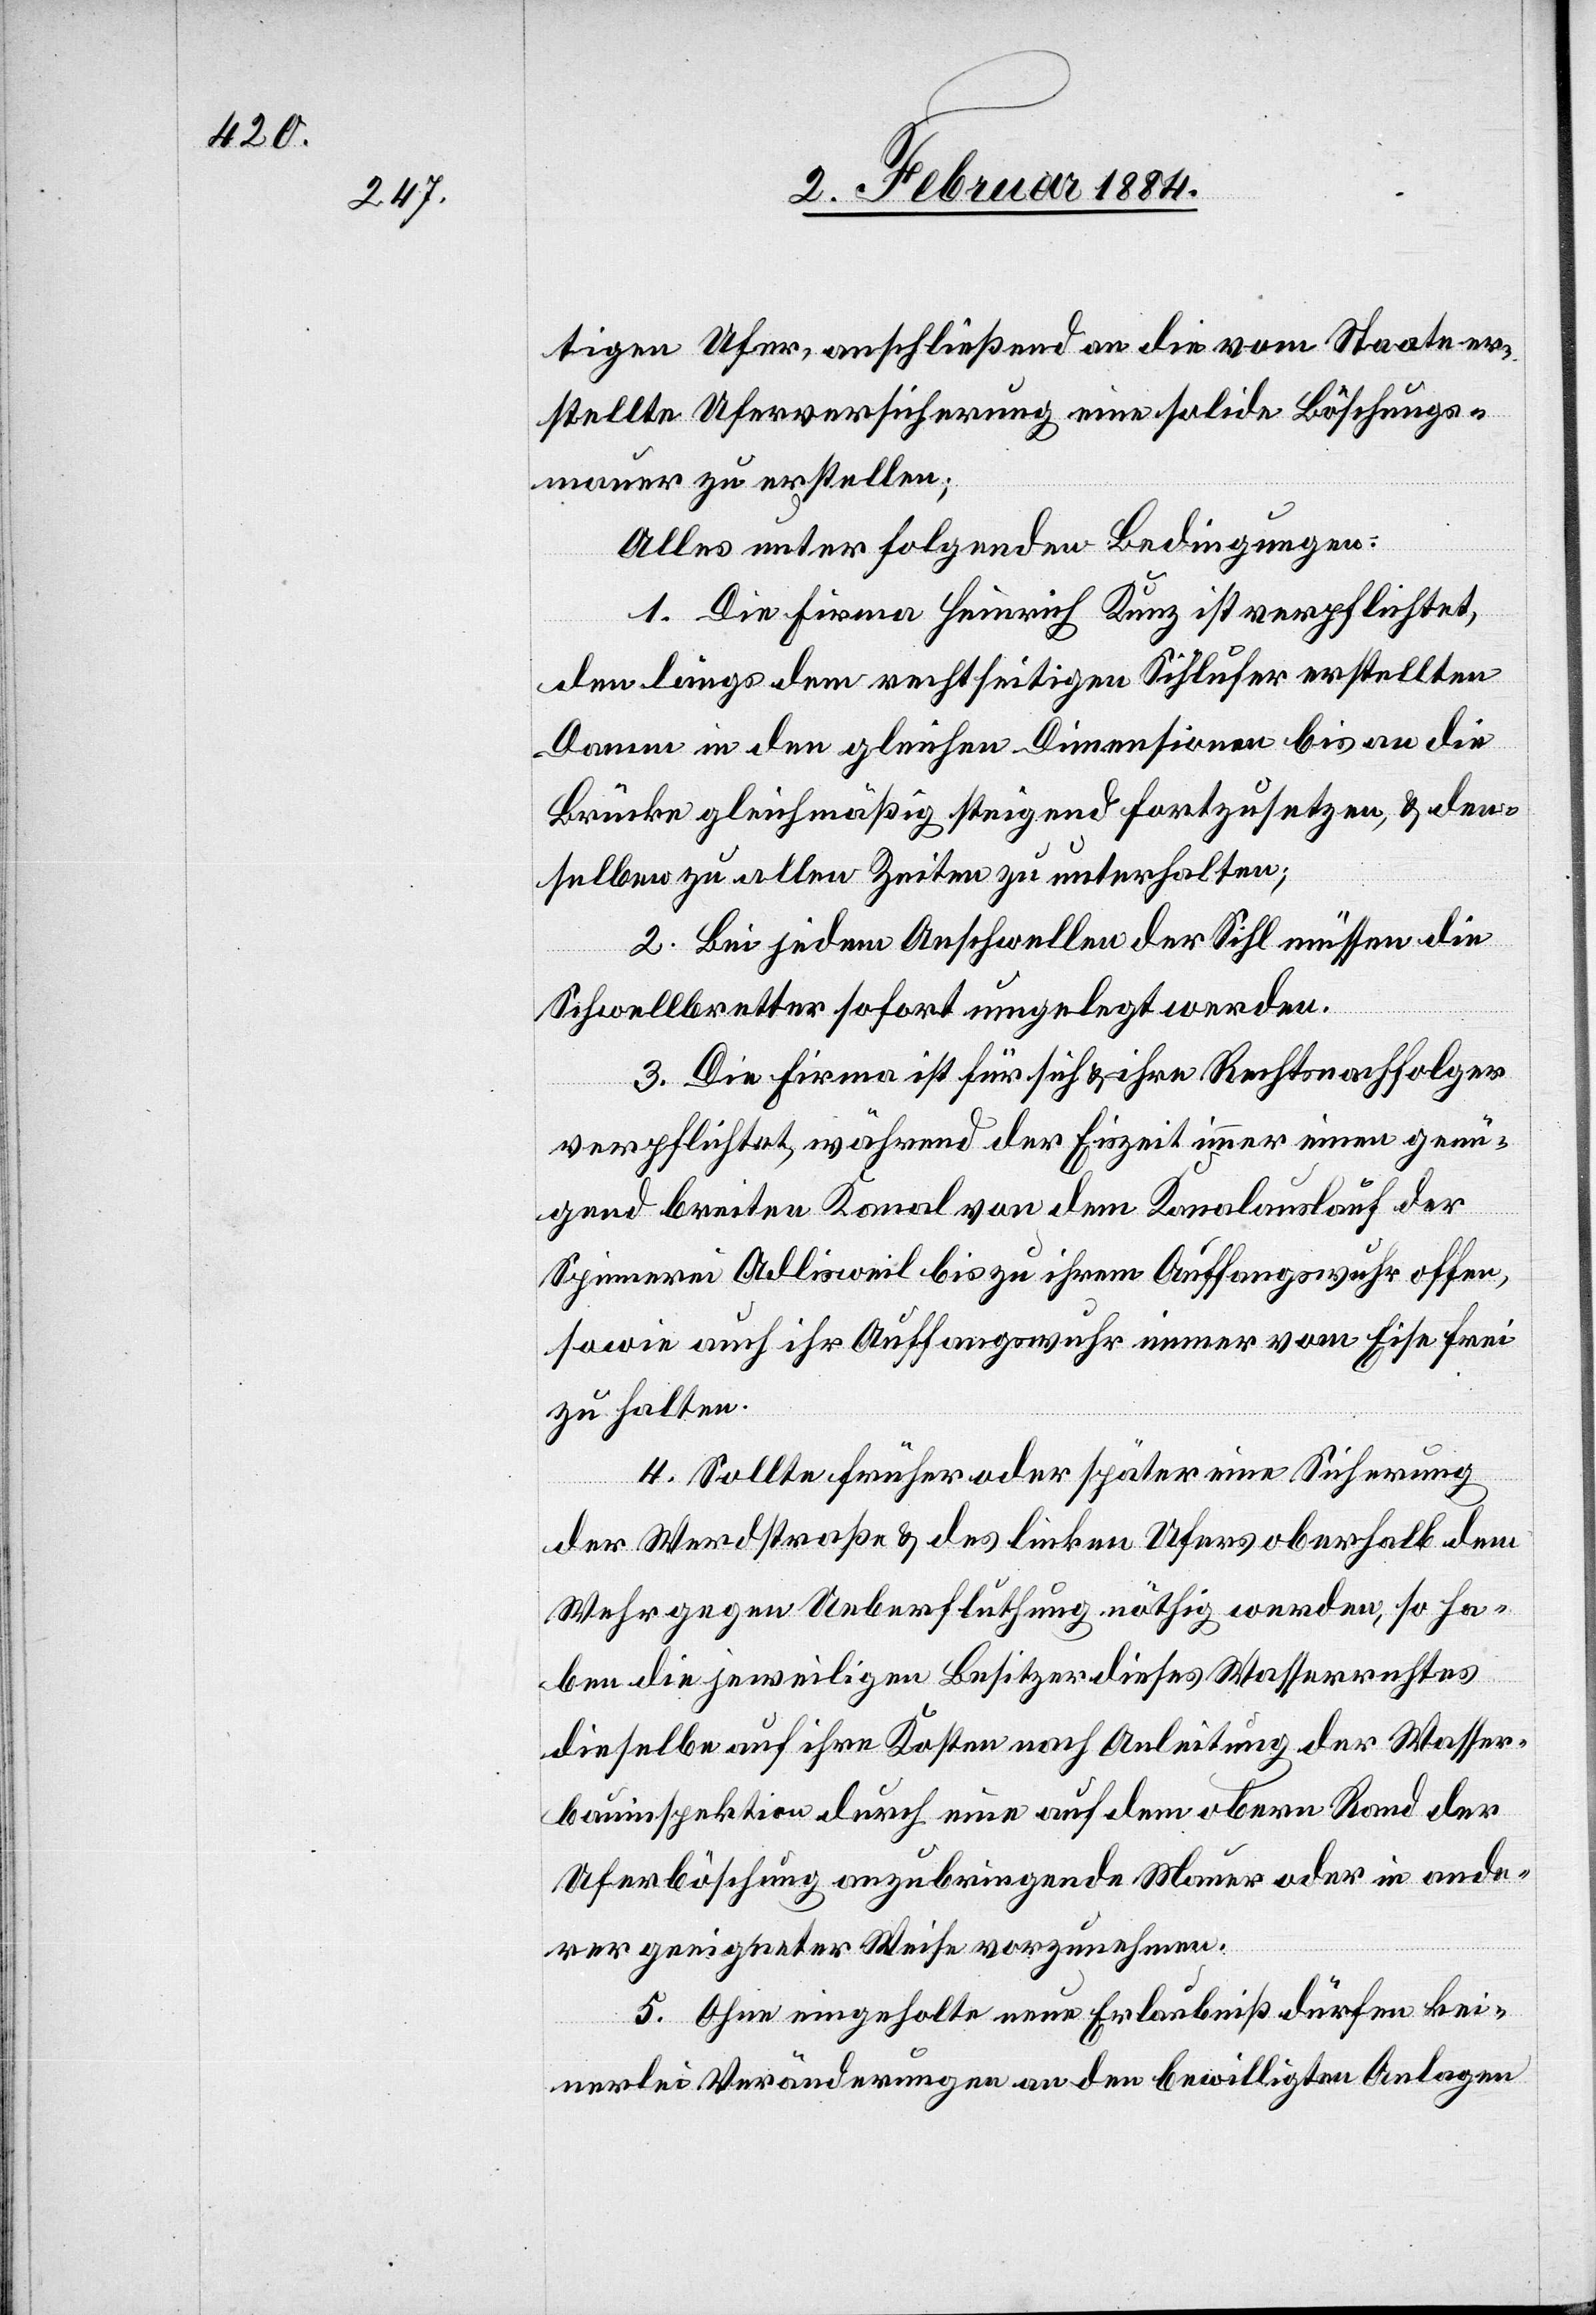
tigen Ufer, anschließend an die vom Staate er¬
stellte Uferversicherung eine solide Böschungs¬
mauer zu erstellen;
Alles unter folgenden Bedingungen:
1. Die Firma Heinrich Kunz ist verpflichtet,
den längs dem rechtseitigen Sihlufer erstellten
Damm in den gleichen Dimensionen bis an die
Brücke gleichmäßig steigend fortsetzen, & den¬
selben zu allen Zeiten zu unterhalten;
2. Bei jedem Anschwellen der Sihl müssen die
Schwellbretter sofort umgelegt werden.
3. Die Firma ist für sich & ihre Rechtsnachfolger
verpflichtet, während der Eiszeit immer einen genü¬
gend breiten Kanal von dem Kanalauslauf der
Spinnerei Adlisweil bis zu ihrem Auffangswuhr offen,
sowie auch ihr Auffangswuhr immer vom Eise frei
zu halten.
4. Sollte früher oder später eine Sicherung
der Werdstraße & des linken Ufers oberhalb dem
Wehr gegen Ueberfluthung nöthig werden, so ha¬
ben die jeweiligen Besitzer dieses Wasserrechts
dieselben auf ihre Kosten nach Anleitung der Wasser¬
bauinspektion durch eine auf dem obern Rand der
Uferböschung anzubringende Mauer oder in ande¬
rer geeigneter Weise vorzunehmen.
5. Ohne eingeholte neue Erlaubniß dürfen kei¬
nerlei Veränderungen an den bewilligten Anlagen